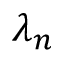
\lambda _ { n }